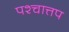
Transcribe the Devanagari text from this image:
पश्चात्तप